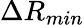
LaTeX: \Delta R_{min}